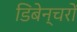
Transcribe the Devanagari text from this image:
डिबेन्‍चरों